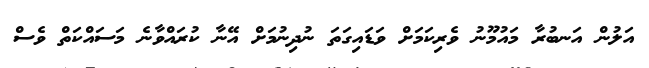
އަލުން އަނބުރާ މައުމޫނު ވެރިކަމަށް ވަޑައިގަތަ ނުދިނުމަށް އޭނާ ކުރައްވާނެ މަސައްކަތް ވެސް